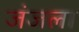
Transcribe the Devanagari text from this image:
जंजला